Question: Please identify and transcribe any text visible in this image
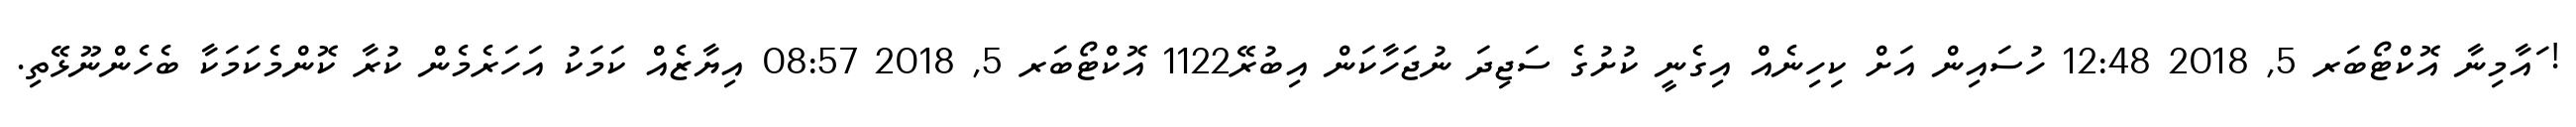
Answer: ! ައާމިނާ އޮކްޓޯބަރ 5, 2018 12:48 ހުސައިން އަށް ކިހިނެއް އިގެނީ ކުށުގެ ސަޖިދަ ނުޖަހާކަން އިބުރޭ1122 އޮކްޓޯބަރ 5, 2018 08:57 އިޔާޒެއް ކަމަކު އަހަރެމެން ކުރާ ކޮންމެކަމަކާ ބެހެންނޫޅޭތި.